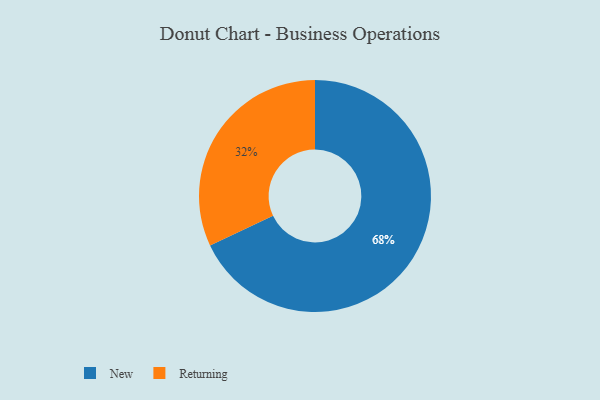
{"axis": {"x": "Category", "y": "Percentage"}, "legend": ["New", "Returning"], "data": [{"x": "New", "y": 68, "type": "New"}, {"x": "Returning", "y": 32, "type": "Returning"}]}